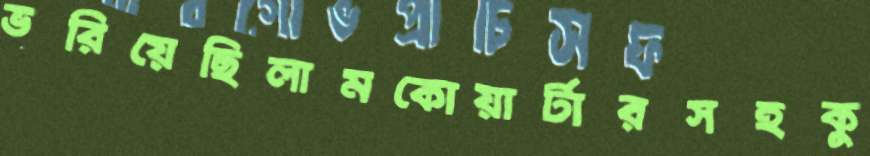
ভরিয়েছিলামকোয়ার্টারসহকু